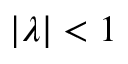
| \lambda | < 1